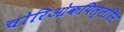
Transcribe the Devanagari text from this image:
चोरिओकपिल्लरिस